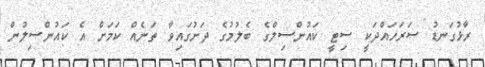
ރާޅުގަނޑު ސަރަހައްދަކީ ސިޓީ ކައުންސިލްގެ ބެލުމުގެ ދަށުގައިވާ ތަނެއް ކަމަށް އެ ކައުންސިލުން